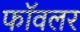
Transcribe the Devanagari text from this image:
फॉवलर